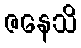
ဇနေသိ